Alphabetical list of drugs, medicines and other preparations free from, and containing, spirit compiled from the results of tests made by the customs houses at Calcutta, Bombay, and Madras
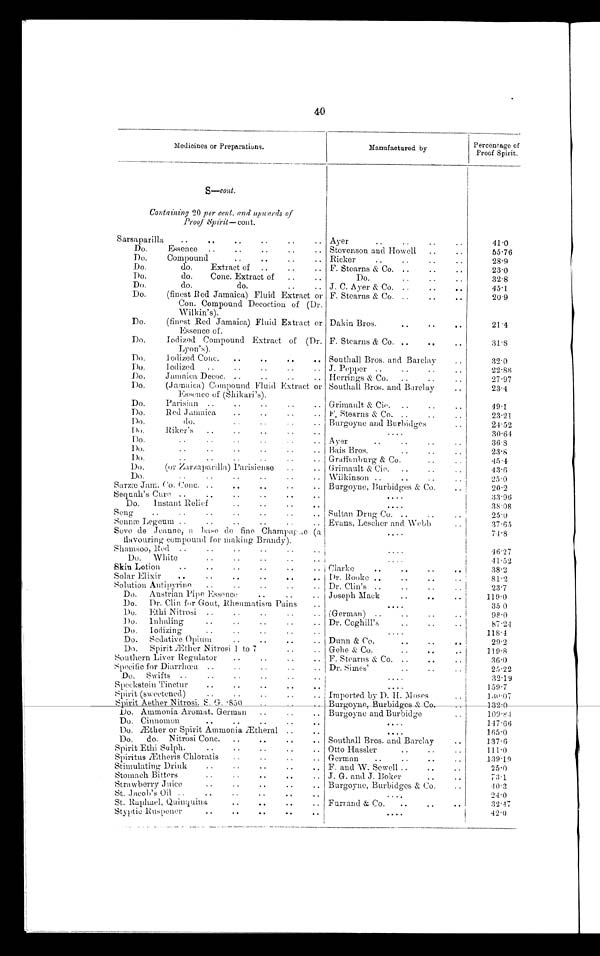
40
Medicines or Preparations.
Manufactured by
Percentage of
Proof Spirit.
S—cont.
Containing 20 per cent. and upwards of
Proof Spirit—cont.
Sarsaparilla
Ayer
4 1 · 0
Do. Essence
Stevenson and Howell
55·76
Do. Compound
Ricker
28·9
Do. do. Extract of
F. Stearns & Co.
23·0
Do. do. Conc. Extract of
Do.
32·8
Do. do. do.
J. C. Ayer & Co.
45·1
Do. (finest Red Jamaica) Fluid Extract or
Con. Compound Decoction of (Dr.
Wilkin's).
F. Stearns & Co.
20·9
Do. (finest Red Jamaica) Fluid Extract or
Essence of.
Dakin Bros.
21·4
Do. Iodized Compound Extract of (Dr.
Lyon's).
F. Stearns & Co.
31·8
Do. Iodized Conc.
Southall Bros. and Barclay
32·0
Do. Iodized
J. Pepper
22·88
Do. Jamaica Decoc.
Herrings & Co.
27·97
Do. (Jamaica) Compound Fluid Extract or
Essence of (Shikari's).
Southall Bros. and Barclay
23·4
Do. Parisian
Grimault & Cie.
49·1
Do. Red Jamaica
F. Stearns & Co.
23·21
Do. do.
Burgoyne and Burbidges
24·52
D o . R i k e r ' s
30·64
Do.
Ayer
36·8
Do.
Bais Bros.
23·8
Do.
Graffenburg & Co.
4 5 · 4
Do. (or Zarzaparilla) Parisiense
Grimault & Cie.
43·6
Do.
Wilkinson
25·0
Sarzæ Jam. Co. Conc.
Burgoyne, Burbidges & Co.
2 0 · 9
Sequah's Cure
33·96
Do. Instant Relief
38·08
Seng Sultan Drug Co.
25·0
Sennæ Legeum
Evans, Lescher and Webb
37·65
Seve de Jeanne, a base de fine Champagne (a
flavouring compound for making Brandy).
Shamasoo, Red
74·8 4 6 · 2 7
Do. White
41·52
Skin Lotion
Clarke
38·2
Solar Elixir
Dr. Rooke
81·2
Solution Antipyrine Dr. Clin's
23·7
Do. Austrian Pipe Essence
Joseph Mack
119·0
Do. Dr. Clin for Gout, Rheumatism Pains
35·0
D o . E t h i N i t r o s i (German)
98·0
Do. Inhaling
Dr. Coghill's
87·24
Do. Iodizing
118.4
Do. Sedative Opium
Dunn & CO.
29.2
Do. Spirit Æther Nitrosi 1 to 7
Gehe & Co.
119·8
Southern Liver Regulator
F. Stearns & Co.
36·0
Specific for Diarrhœa Dr. Simes'
25·22
Do. Swifts
32·19
Speckstein Tinctur
159·7
Spirit (sweetened)
Imported by D. H. Moses
1 3 0 · 0 7
Spirit Aether Nitrosi. S. G. 850
B u r g o y n e , B u r b i d g e s & C o .
1 3 2 · 0
Do. Ammonia Aromat, German Burgoyne and Burbidge
1 0 9 · 8 4
Do. Cinnomon
147·66
Do. Æther or Spirit Ammonia Ætheral
165·0
Do. do. Nitrosi Conc.
Southall Bros. and Barclay
137·6
Spirit Ethi Sulph.
Otto Hassler
111·0
Spiritus Ætheris Chloratis
German
139·19
Stimulating Drink
F. and W. Sewell
25·0
Stomach Bitters
J. G. and J. Boker
7 3 · 1
Strawberry Juice
Burgoyne, Burbidges & Co.
4 0 · 3
St. Jacob's Oil
24·0
St. Raphael, Quinquina
Furrand & Co
32·47
Styptic Ruspener
4 2 · 0